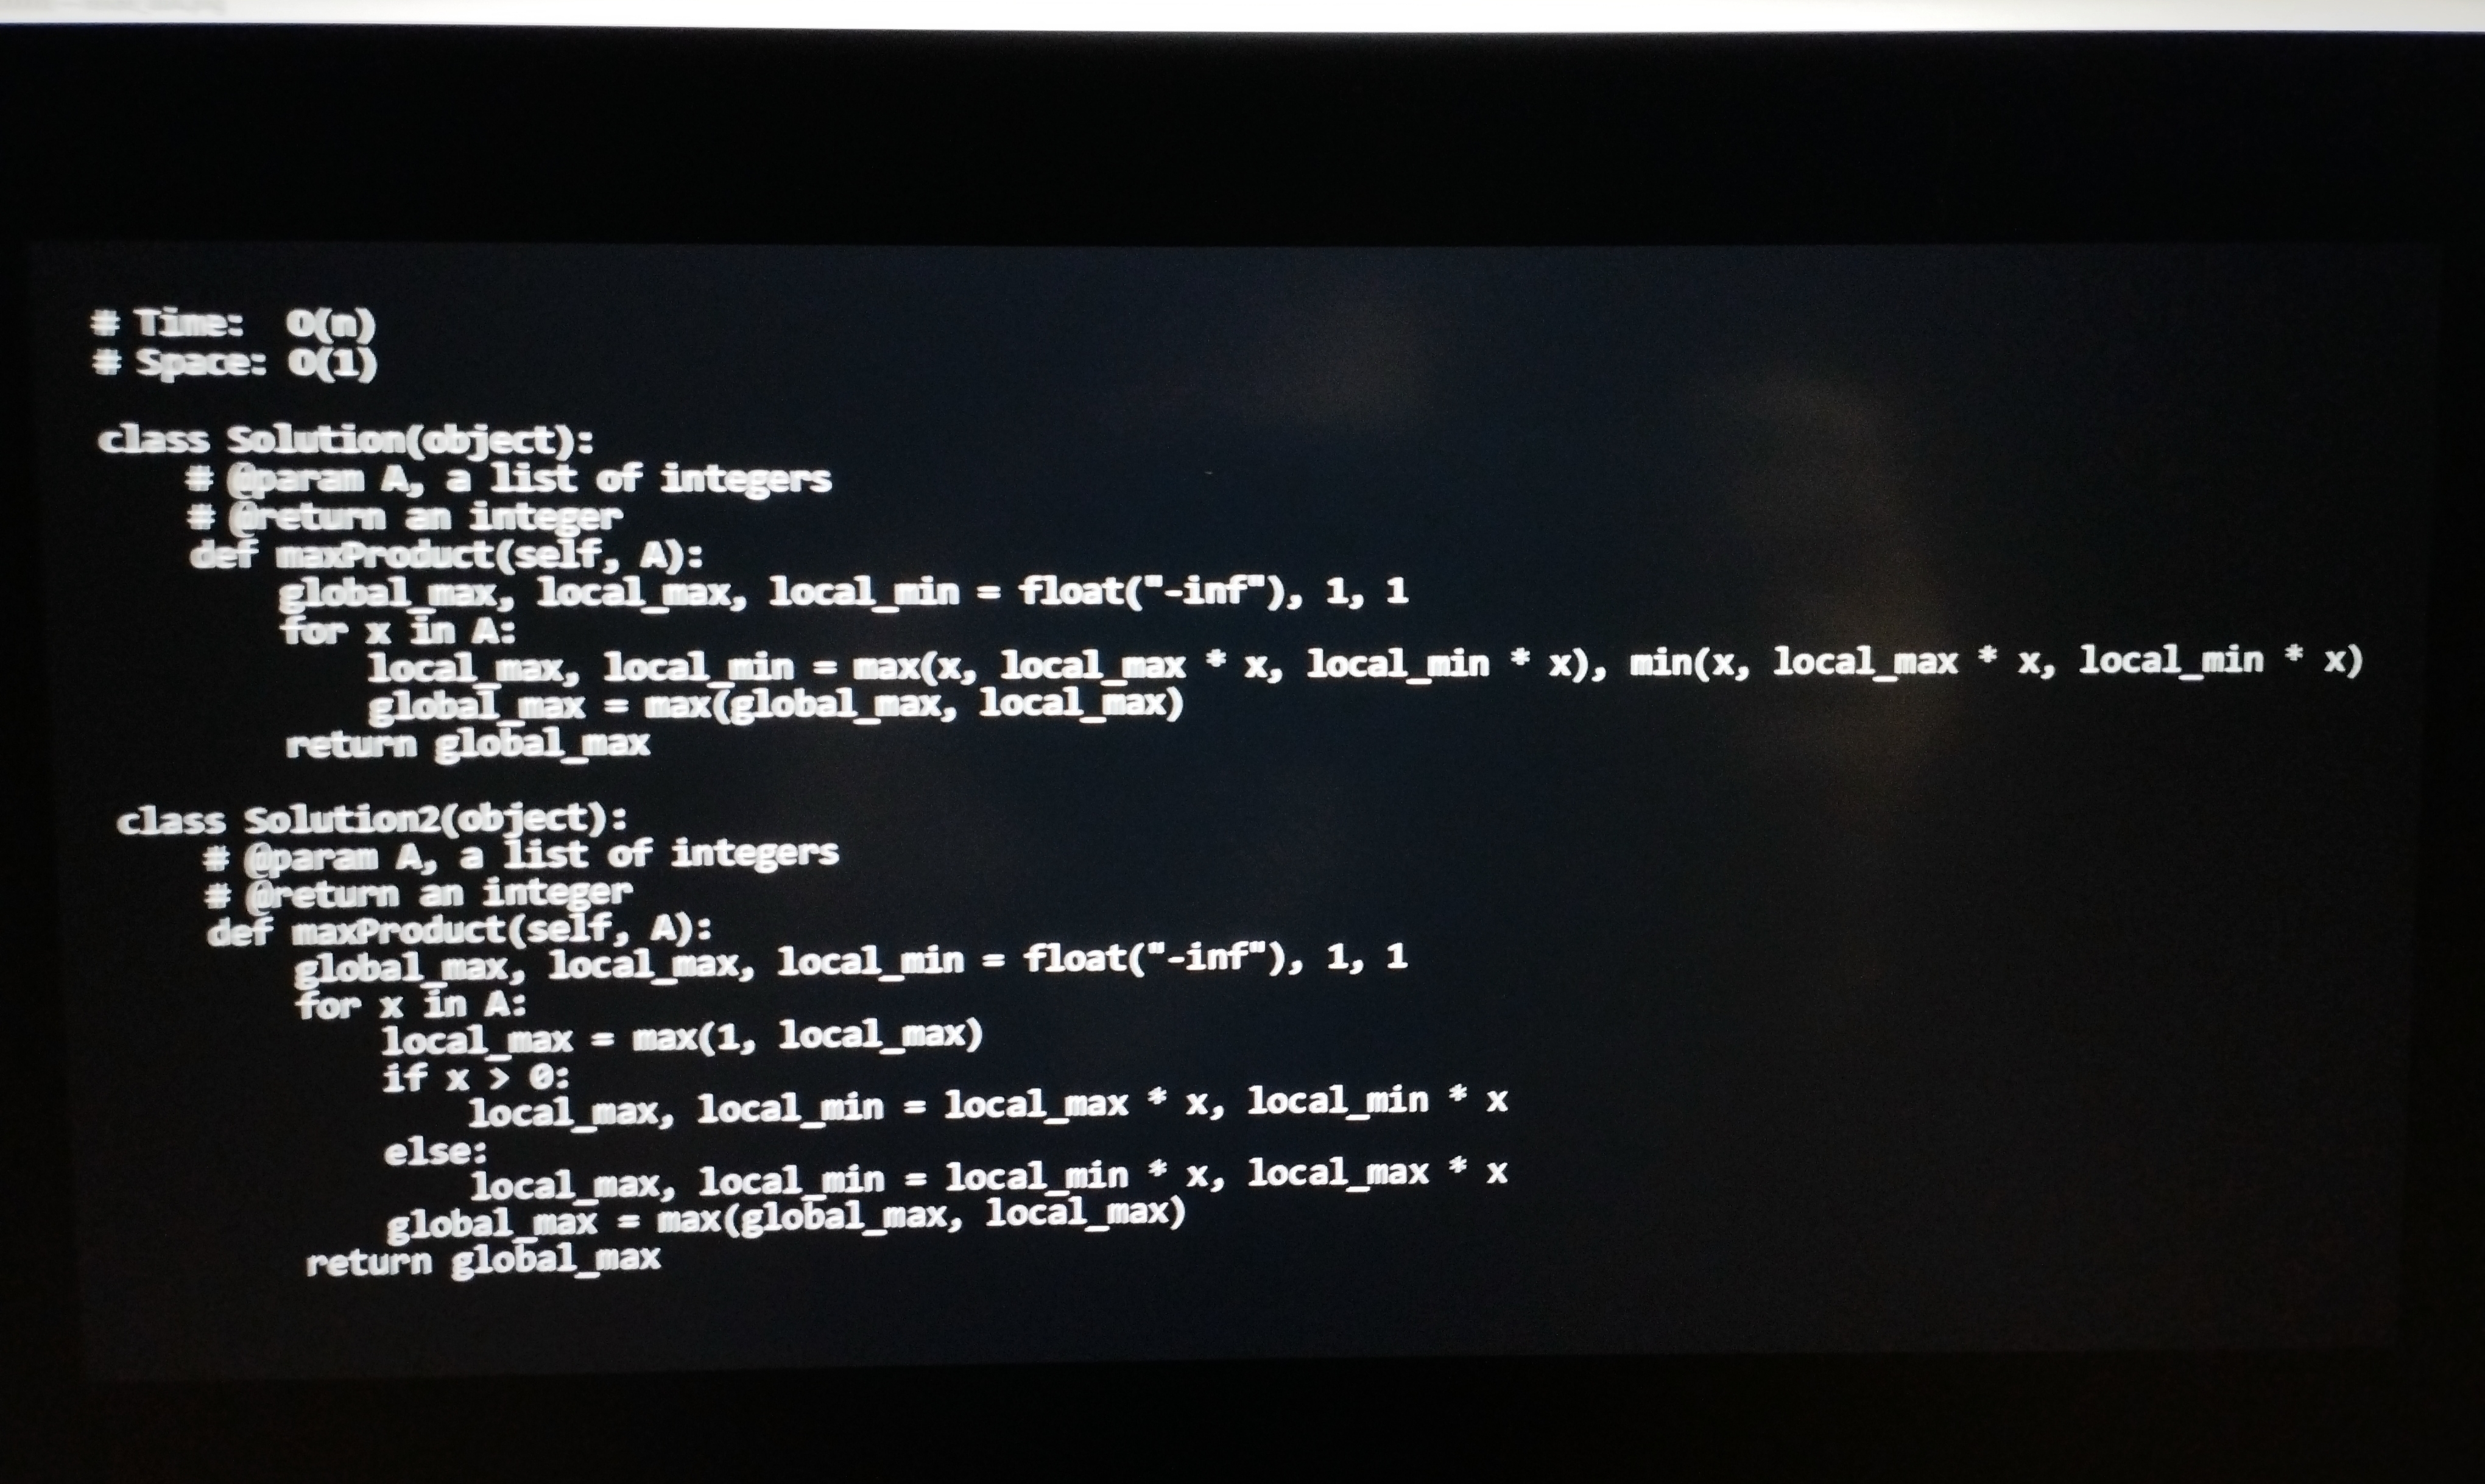
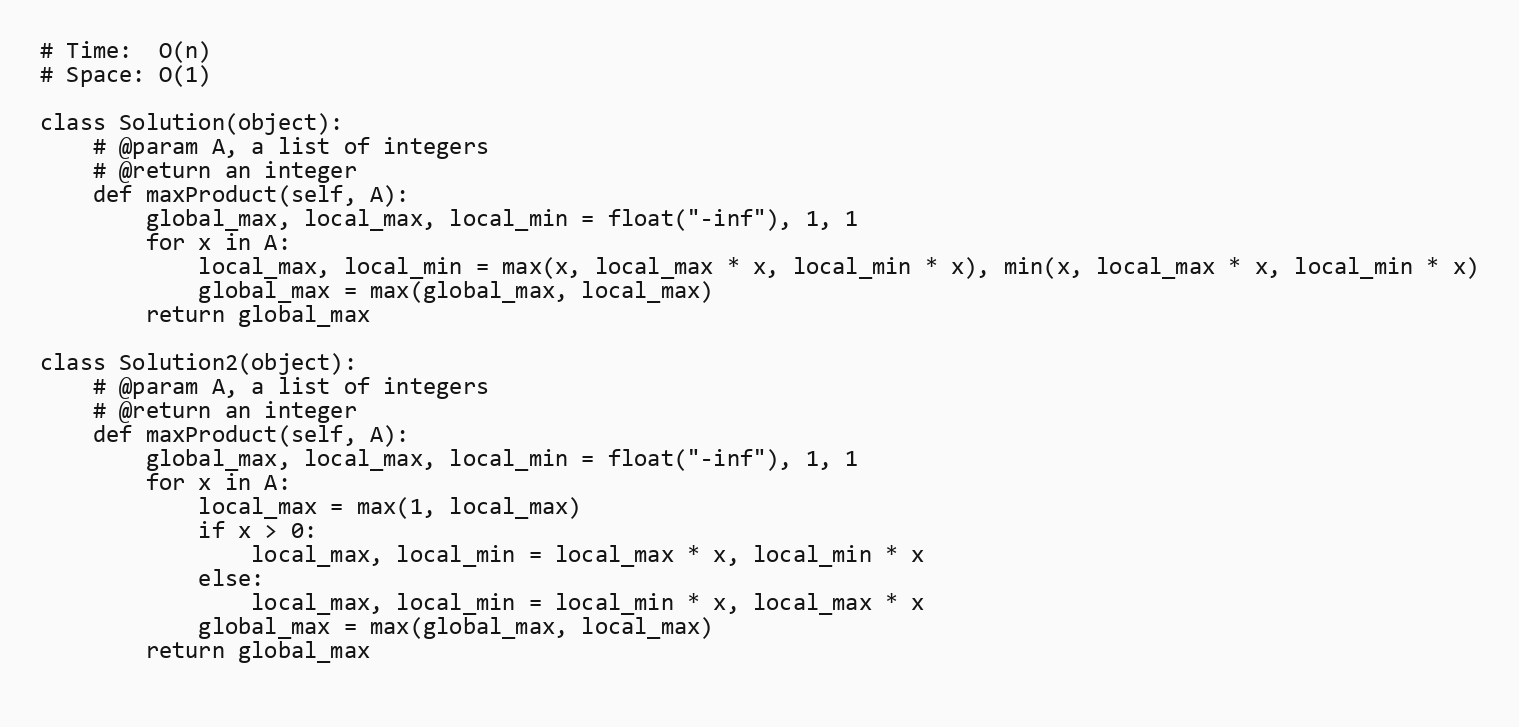
# Time:  O(n)
# Space: O(1)

class Solution(object):
    # @param A, a list of integers
    # @return an integer
    def maxProduct(self, A):
        global_max, local_max, local_min = float("-inf"), 1, 1
        for x in A:
            local_max, local_min = max(x, local_max * x, local_min * x), min(x, local_max * x, local_min * x)
            global_max = max(global_max, local_max)
        return global_max

class Solution2(object):
    # @param A, a list of integers
    # @return an integer
    def maxProduct(self, A):
        global_max, local_max, local_min = float("-inf"), 1, 1
        for x in A:
            local_max = max(1, local_max)
            if x > 0:
                local_max, local_min = local_max * x, local_min * x
            else:
                local_max, local_min = local_min * x, local_max * x
            global_max = max(global_max, local_max)
        return global_max